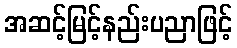
အဆင့်မြင့်နည်းပညာဖြင့်